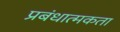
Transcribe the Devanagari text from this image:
प्रबंधात्मकता